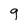
Character: g